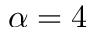
\alpha = 4